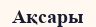
Ақсары